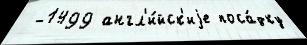
 -1499 англ'и́йск'иjе поса́дку